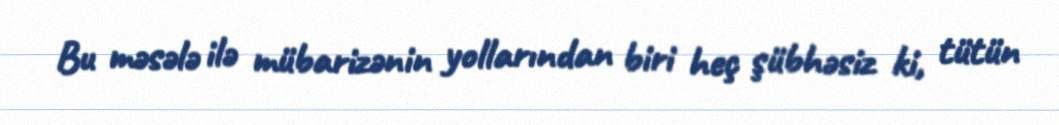
Bu məsələ ilə mübarizənin yollarından biri heç şübhəsiz ki, tütün